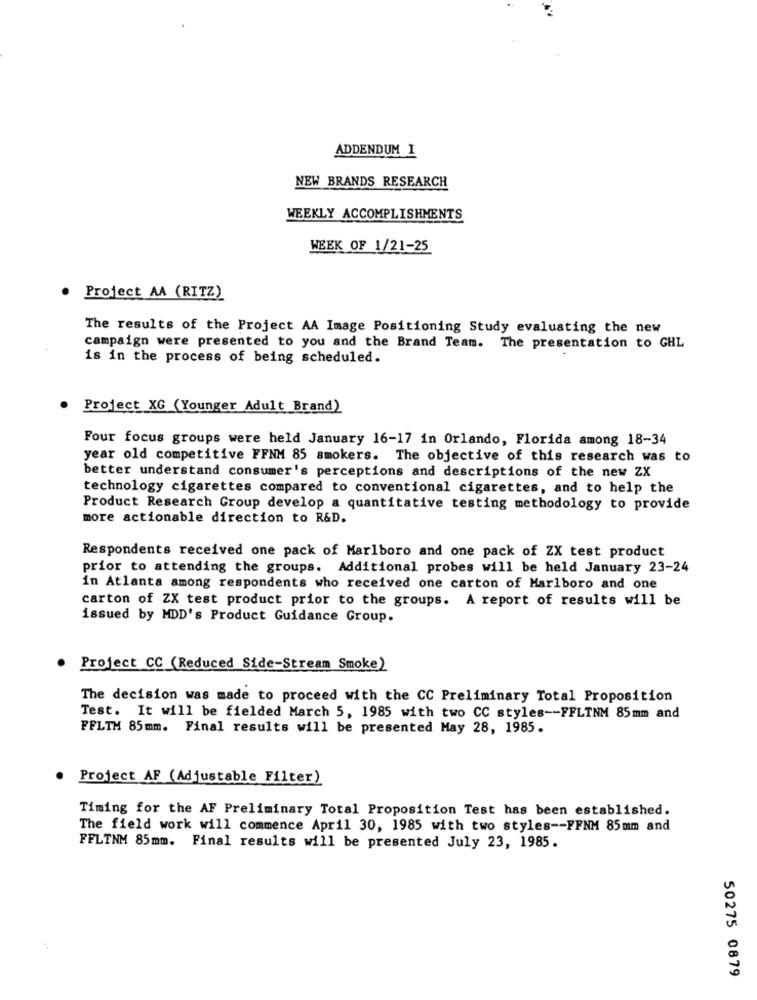
ADDENDUM I
NEW BRANDS RESEARCH
WEEKLY ACCOMPLISHMENTS
WEEK OF 1/21-25
Project AA (RITZ)
The results of the Project AA Image Positioning Study evaluating the new
campaign were presented to you and the Brand Team. The presentation to GHL
is in the process of being scheduled.
. Project XG (Younger Adult Brand)
Four focus groups were held January 16-17 in Orlando, Florida among 18-34
year old competitive FFNM 85 smokers. The objective of this research was to
better understand consumer's perceptions and descriptions of the new ZX
technology cigarettes compared to conventional cigarettes, and to help the
Product Research Group develop a quantitative testing methodology to provide
more actionable direction to R&D.
Respondents received one pack of Marlboro and one pack of ZX test product
prior to attending the groups. Additional probes will be held January 23-24
in Atlanta among respondents who received one carton of Marlboro and one
carton of ZX test product prior to the groups. A report of results will be
issued by MDD's Product Guidance Group.
. Project CC (Reduced Side-Stream Smoke)
The decision was made to proceed with the CC Preliminary Total Proposition
Test. It will be fielded March 5, 1985 with two CC styles -- FFLTNM 85mm and
FFLTM 85mm. Final results will be presented May 28, 1985.
Project AF (Adjustable Filter)
Timing for the AF Preliminary Total Proposition Test has been established.
The field work will commence April 30, 1985 with two styles -- FFNM 85mm and
FFLTNM 85mm. Final results will be presented July 23, 1985.
50275 0879